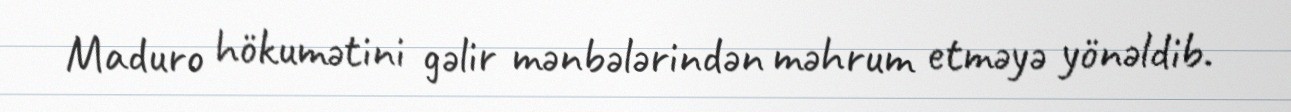
Maduro hökumətini gəlir mənbələrindən məhrum etməyə yönəldib.